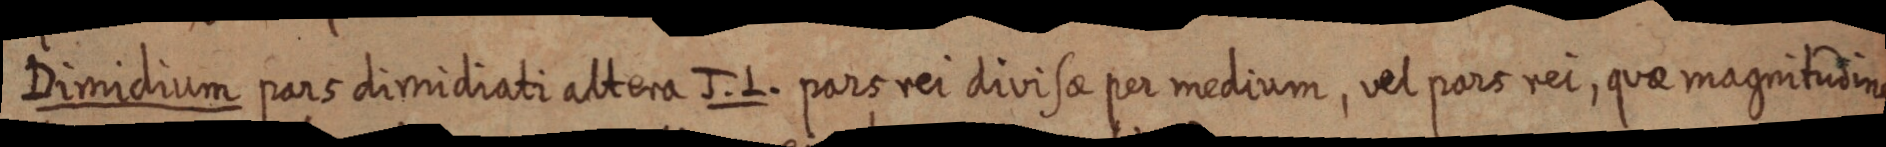
Dimidium pars dimidiati altera J. L. pars rei divisae per medium, vel pars rei, quae magnitudine